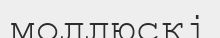
моллюскі